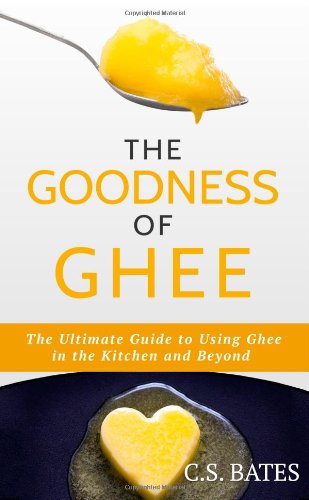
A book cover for The Goodness of Ghee:The Ultimate Guide to Using Ghee in the Kitchen and Beyond; C. S. Bates; Cookbooks, Food & Wine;